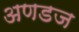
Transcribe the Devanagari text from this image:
अणडज